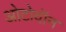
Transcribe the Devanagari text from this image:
ओटोवॉन